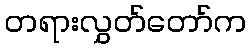
တရားလွှတ်တော်က